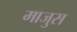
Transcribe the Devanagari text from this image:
माजुस